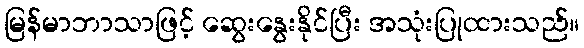
မြန်မာဘာသာဖြင့် ဆွေးနွေးနိုင်ပြီး အသုံးပြုထားသည်။